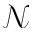
\mathcal { N }